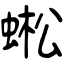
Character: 蜙